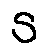
s